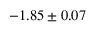
- 1 . 8 5 \pm 0 . 0 7